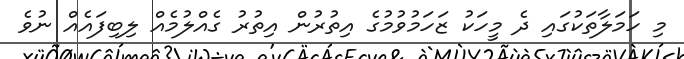
މި ހަމަލާތަކުގައި ދެ މީހަކު ޒަހަމުވުމުގެ އިތުރުން އިތުރު ގެއްލުމެއް ލިބިފައެއް ނުވެ